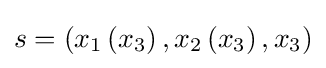
s=\left(x_{1}\left(x_{3}\right),x_{2}\left(x_{3}\right),x_{3}\right)